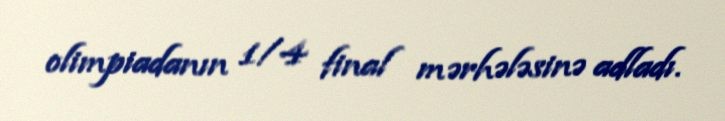
olimpiadanın 1/4 final mərhələsinə adladı.